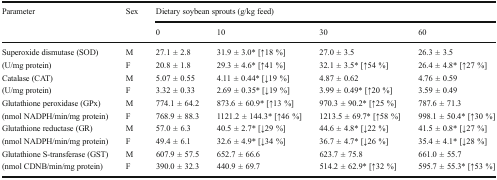
| <ROWSPAN=2> Parameter | <ROWSPAN=2> Sex | <COLSPAN=4> Dietary soybean sprouts (g/kg feed) |
 | 0 | 10 | 30 | 60 |
 | --- | --- | --- | --- | --- | --- |
 | Superoxide dismutase (SOD) | M | 27.1 ± 2.8 | 31.9 ± 3.0* [↑18 %] | 27.0 ± 3.5 | 26.3 ± 3.5 |
 | (U/mg protein) | F | 20.8 ± 1.8 | 29.3 ± 4.6* [↑41 %] | 32.1 ± 3.5* [↑54 %] | 26.4 ± 4.8* [↑27 %] |
 | Catalase (CAT) | M | 5.07 ± 0.55 | 4.11 ± 0.44* [↓19 %] | 4.87 ± 0.62 | 4.76 ± 0.59 |
 | (U/mg protein) | F | 3.32 ± 0.33 | 2.69 ± 0.35* [↓19 %] | 3.99 ± 0.49* [↑20 %] | 3.59 ± 0.49 |
 | Glutathione peroxidase (GPx) | M | 774.1 ± 64.2 | 873.6 ± 60.9* [↑13 %] | 970.3 ± 90.2* [↑25 %] | 787.6 ± 71.3 |
 | (nmol NADPH/min/mg protein) | F | 768.9 ± 88.3 | 1121.2 ± 144.3* [↑46 %] | 1213.5 ± 69.7* [↑58 %] | 998.1 ± 50.4* [↑30 %] |
 | Glutathione reductase (GR) | M | 57.0 ± 6.3 | 40.5 ± 2.7* [↓29 %] | 44.6 ± 4.8* [↓22 %] | 41.5 ± 0.8* [↓27 %] |
 | (nmol NADPH/min/mg protein) | F | 49.4 ± 6.1 | 32.6 ± 4.9* [↓34 %] | 36.7 ± 4.7* [↓26 %] | 35.4 ± 4.1* [↓28 %] |
 | Glutathione S-transferase (GST) | M | 607.9 ± 57.5 | 652.7 ± 66.6 | 623.7 ± 75.8 | 661.0 ± 55.7 |
 | (nmol CDNB/min/mg protein) | F | 390.0 ± 32.3 | 440.9 ± 69.7 | 514.2 ± 62.9* [↑32 %] | 595.7 ± 55.3* [↑53 %] |